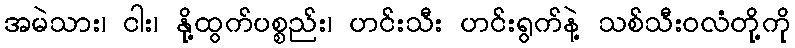
အမဲသား၊ ငါး၊ နို့ထွက်ပစ္စည်း၊ ဟင်းသီး ဟင်းရွက်နဲ့ သစ်သီးဝလံတို့ကို